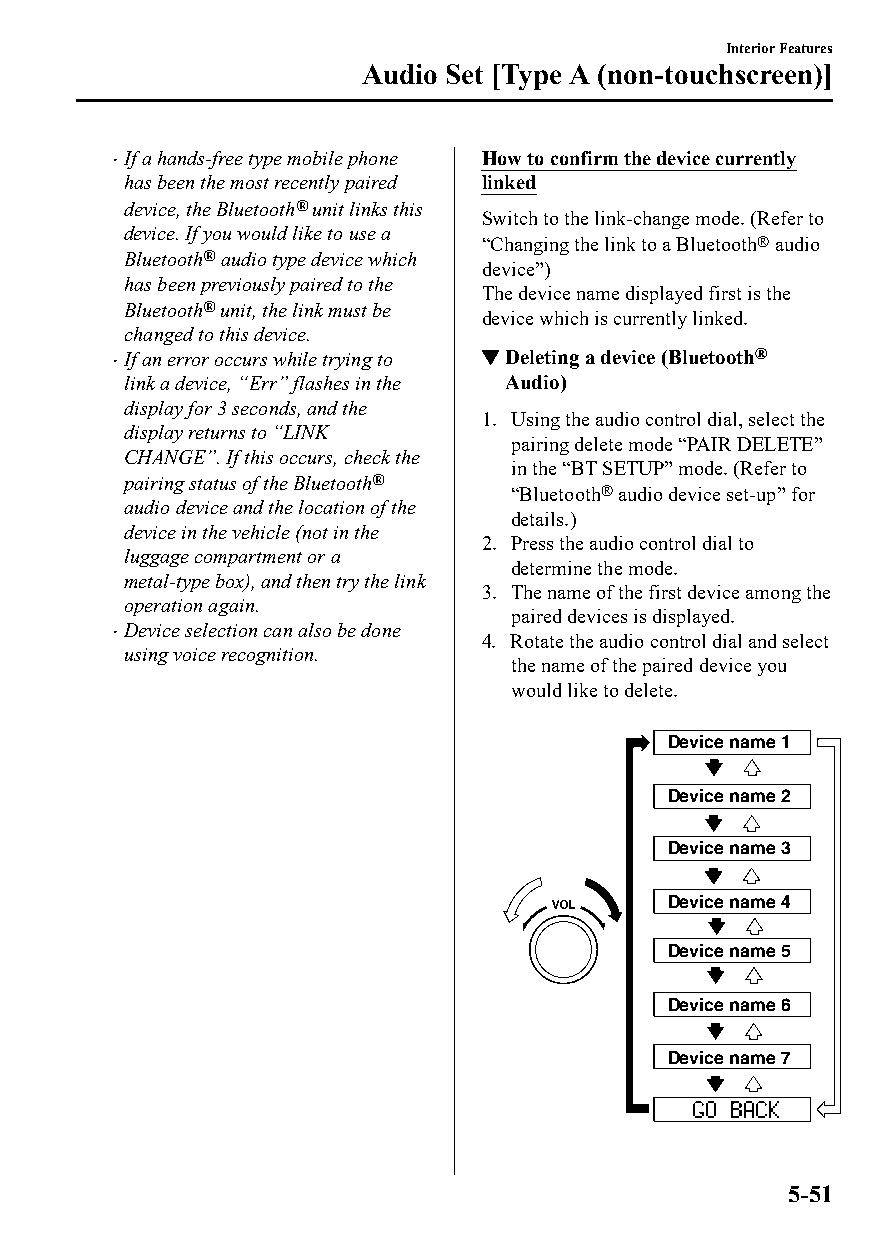
Interior Features
 Audio Set [Type A (non-touchscreen)]
 If a hands-free type mobile phone How to confirm the device currently
 
 has been the most recently paired linked
 device, the Bluetooth® unit links this
 Switch to the link-change mode. (Refer to
 device. If you would like to use a
 “Changing the link to a Bluetooth® audio
 Bluetooth® audio type device which
 device”)
 has been previously paired to the
 The device name displayed first is the
 Bluetooth® unit, the link must be
 device which is currently linked.
 changed to this device.
 If an error occurs while trying to ▼Deleting a device (Bluetooth®
 
 link a device, “Err” flashes in the Audio)
 display for 3 seconds, and the
 1. Using the audio control dial, select the
 display returns to “LINK
 pairing delete mode “PAIR DELETE”
 CHANGE”. If this occurs, check the
 in the “BT SETUP” mode. (Refer to
 pairing status of the Bluetooth®
 “Bluetooth® audio device set-up” for
 audio device and the location of the
 details.)
 device in the vehicle (not in the
 2. Press the audio control dial to
 luggage compartment or a
 determine the mode.
 metal-type box), and then try the link
 3. The name of the first device among the
 operation again.
 paired devices is displayed.
 Device selection can also be done
                         4. Rotate the audio control dial and select
 using voice recognition.
 the name of the paired device you
 would like to delete.
 Device name 1
 Device name 2
 Device name 3
 Device name 4
 Device name 5
 Device name 6
 Device name 7
 5-51
 CX-3_8GT4-EE-18D_Edition4                  2018-9-6 18:32:19